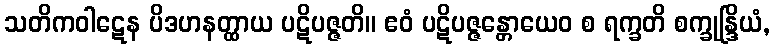
သတိကဝါဋေန ပိဒဟနတ္ထာယ ပဋိပဇ္ဇတိ။ ဧဝံ ပဋိပဇ္ဇန္တောယေဝ စ ရက္ခတိ စက္ခုန္ဒြိယံ,